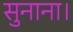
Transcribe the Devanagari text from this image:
सुनाना।